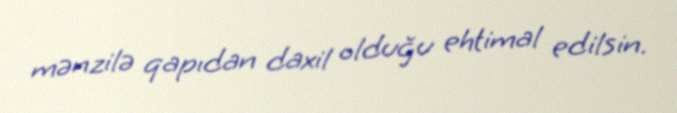
mənzilə qapıdan daxil olduğu ehtimal edilsin.